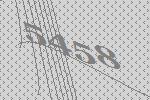
5458